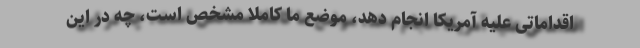
اقداماتی علیه آمریکا انجام دهد، موضع ما کاملا مشخص است، چه در این